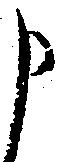
申